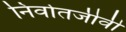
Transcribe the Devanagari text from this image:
निर्वातजीवी